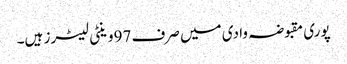
پوری مقبوضہ وادی میں صرف 97وینٹی لیٹرز ہیں۔